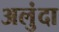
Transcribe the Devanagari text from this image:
अलुंदा